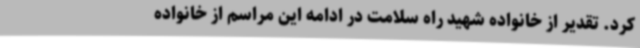
کرد. تقدیر از خانواده شهید راه سلامت در ادامه این مراسم از خانواده